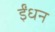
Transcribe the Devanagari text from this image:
र्इंधन